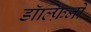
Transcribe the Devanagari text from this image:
डॉल्फ़िनों